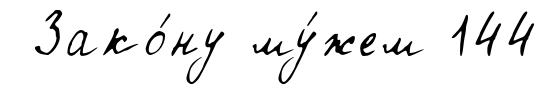
Зако́ну му́жем 144